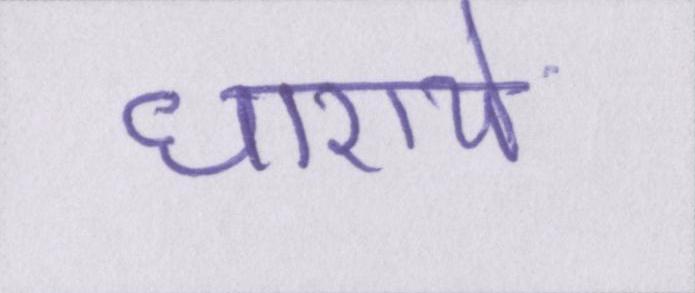
धारायें